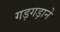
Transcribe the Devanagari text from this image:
गड़गड़ाने